Reports on dispensaries and lunatic asylums in the Province of Oudh - 1869-1876
Year: 1869
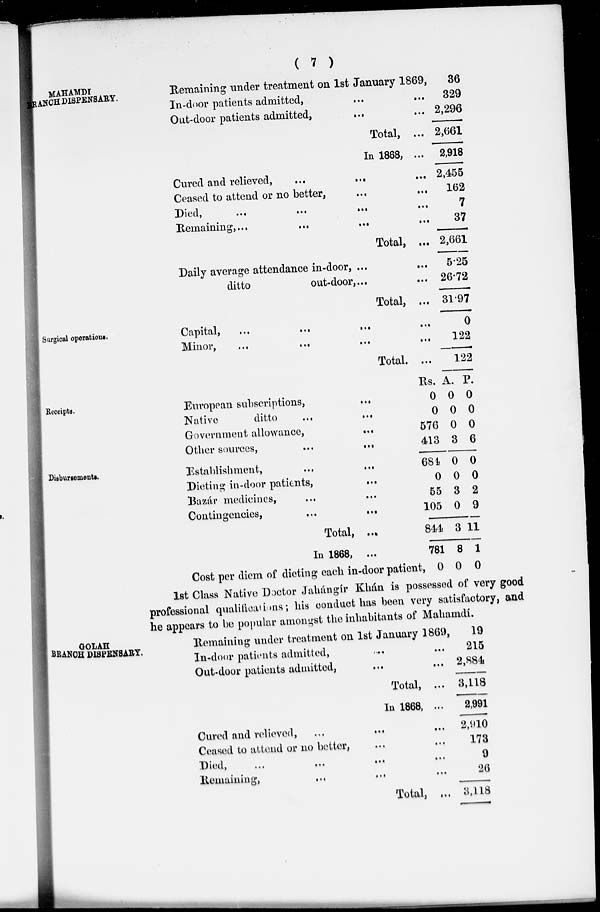
( 7 )
MAHAMDI
BRANCH DISPENSARY.
Remaining under treatment on 1st January 1869,
In-door patients admitted, ... ...
Out-door patients admitted, ... ...
Total, ...
In 1868, ...
Cured and relieved,
...
...
...
Ceased to attend or no better,
...
...
Died, ... ... ... ...
Remaining, ... ... ... ...
Total, ...
Daily average attendance in-door, ... ...
ditto
out-door, ... ...
Total, ...
36
329
2,296
2,661
2,918
2,455
162
7
37
2,661
5.25
26.72
31.97
Surgical operations.
Capital,
...
...
...
...
Minor,
...
...
...
...
Total, ...
0
122
122
Receipts.
European subscriptions,
...
Native
ditto
...
...
Government allowance,
...
Other sources,
...
...
Rs.
0
0
576
413
A.
0
0
0
3
P.
0
0
0
6
Disbursements.
Establishment,
...
...
Dieting in-door patients,
...
Bazár medicines, ... ...
Contingencies,
...
...
Total, ...
In 1868, ...
Cost per diem of dieting each in-door patient,
684
0
55
105
844
781
0
0
0
3
0
3
8
0
0
0
2
9
11
1
0
1st Class Native Doctor Jahángír Khán is possessed of very good
professional qualifications; his conduct has been very satisfactory, and
he appears to be popular amongst the inhabitants of Mahamdí.
GOLAH
BRANCH DISPENSARY.
Remaining under treatment on 1st January 1869,
In-door patients admitted, ... ...
Out-door patients admitted, ... ...
Total, ...
In 1868, ...
Cured and relieved, ... ... ...
Ceased to attend or no better, ... ...
Died,
...
...
...
...
Remaining, ... ... ...
Total, ...
19
215
2,884
3,118
2,991
2,910
173
9
26
3,118